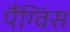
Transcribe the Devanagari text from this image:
पैंग्विंस